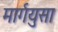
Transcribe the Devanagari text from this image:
मार्गयुसा